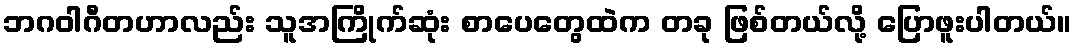
ဘဂဝါဂီတဟာလည်း သူအကြိုက်ဆုံး စာပေတွေထဲက တခု ဖြစ်တယ်လို့ ပြောဖူးပါတယ်။